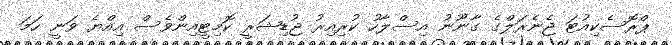
ޕްރޮސެކިއުޓަ ޖެނެރަލްގެ ގާނޫނު އިސްލާހު ކުރިއިރު ޖުޑިޝަރީ ކޮމިޓީއިންވެސް އިއްޔެ ވަނީ ހަމަ